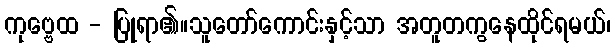
ကုဗ္ဗေထ - ပြုရာ၏။သူတော်ကောင်းနှင့်သာ အတူတကွနေထိုင်ရမယ်၊